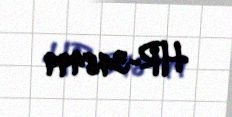
HR-348999